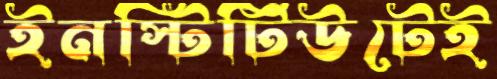
ইনস্টিটিউটেই